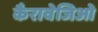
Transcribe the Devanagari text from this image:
कैरावेजिओ